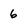
Character: 6